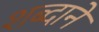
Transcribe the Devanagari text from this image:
शब्दानें